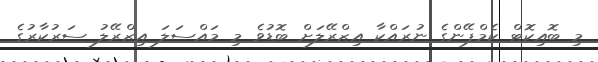
މި ބޮއިކޮޓް ކެމްޕޭންގެ ނުރައްކާ އިޒްރޭލަށް ބޮޑުވެ މި މައްސަލަ އިޒްރޭލު ސަރުކާރުގެ